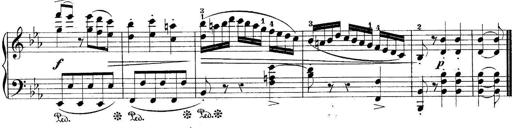
Title: 10 Sonatines progressives
Composer: Anton Schmoll